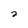
Character: 2